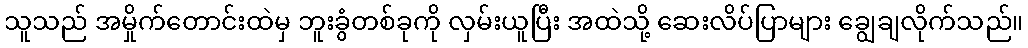
သူသည် အမှိုက်တောင်းထဲမှ ဘူးခွံတစ်ခုကို လှမ်းယူပြီး အထဲသို့ ဆေးလိပ်ပြာများ ချွေချလိုက်သည်။